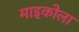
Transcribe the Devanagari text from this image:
माइकोला